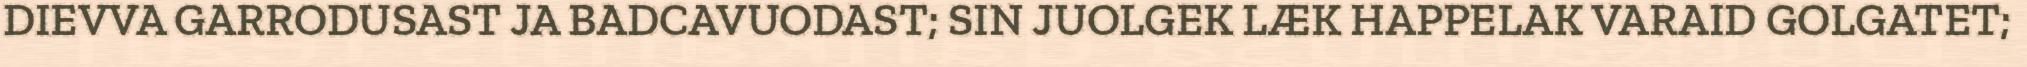
DIEVVA GARRODUSAST JA BADCAVUODAST; SIN JUOLGEK LÆK HAPPELAK VARAID GOLGATET;